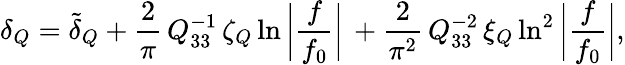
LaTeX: \delta_{Q}=\tilde{\delta}_{Q}+\frac{2}{\pi}\, Q_{33}^{-1}\, \zeta_{Q}\ln{\bigg|\frac{f}{f_{0}}\bigg|}\, +\frac{2}{\pi^{2}}\, Q_{33}^{-2}\, \xi_{Q}\ln^{2}{\bigg|\frac{f}{f_{0}}\bigg|},